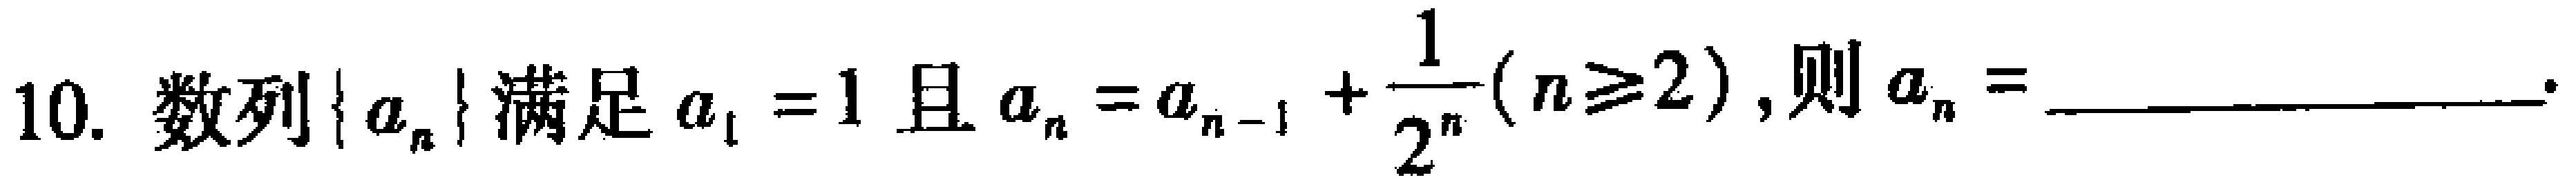
10. 数列$\{ a_{n}\} $满足$a_{1}=1$且$a_{n}=a_{n - 1}+\frac{1}{2^{n}}(n\geq2)$，则$a_{n}=$_________________.